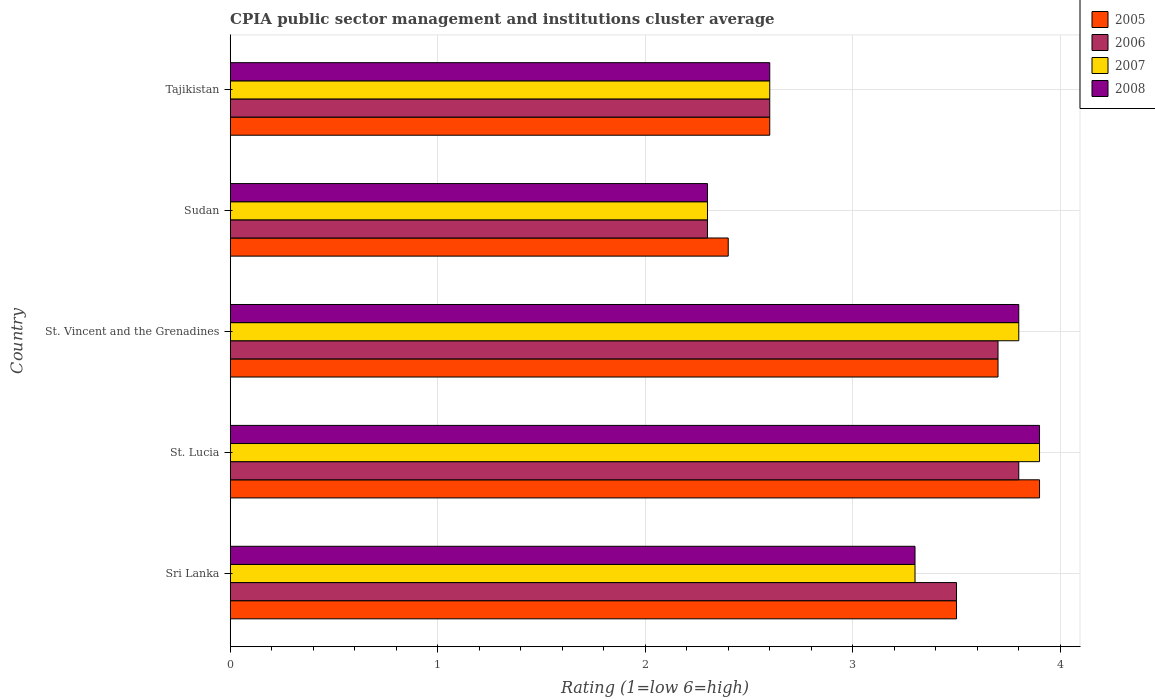
| Country | 2005 | 2006 | 2007 | 2008 |
 | --- | --- | --- | --- | --- |
 | Sri Lanka | 3.5 | 3.5 | 3.3 | 3.3 |
 | St. Lucia | 3.9 | 3.8 | 3.9 | 3.9 |
 | St. Vincent and the Grenadines | 3.7 | 3.7 | 3.8 | 3.8 |
 | Sudan | 2.4 | 2.3 | 2.3 | 2.3 |
 | Tajikistan | 2.6 | 2.6 | 2.6 | 2.6 |